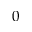
0